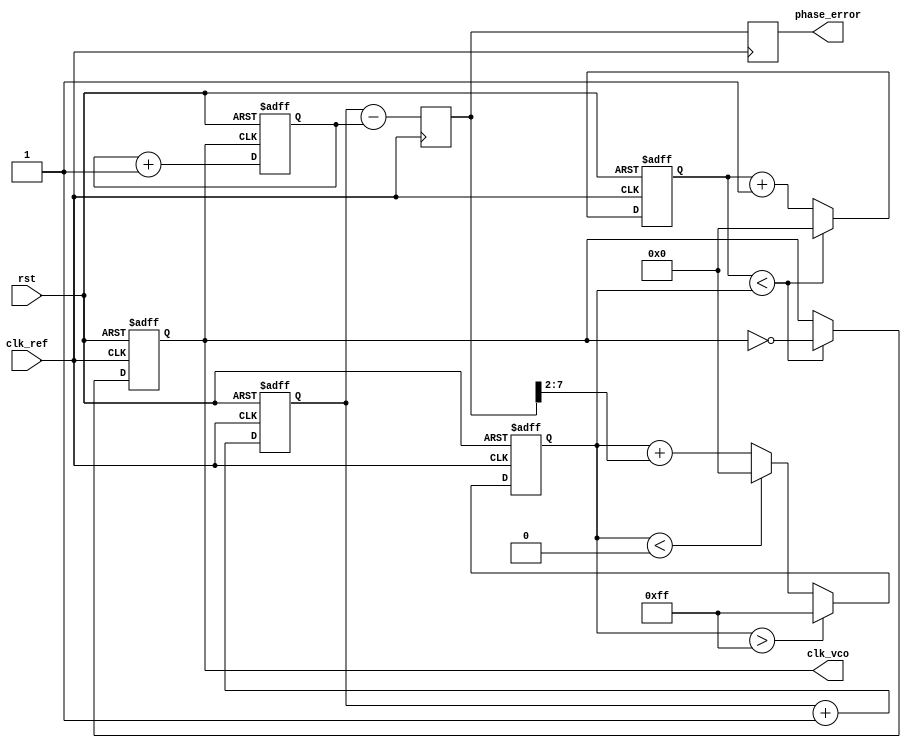
module DPLL (
    input wire clk_ref,            // Reference clock input
    input wire rst,                // Reset signal
    output reg clk_vco,            // VCO output clock
    output reg [7:0] phase_error   // Phase error output
);

    // Parameters
    parameter N = 8;               // Number of bits for phase error
    parameter FILTER_COEF = 8'h0A; // Loop filter coefficient
    parameter VCO_MAX = 255;       // Max VCO frequency control value
    parameter VCO_MIN = 0;         // Min VCO frequency control value

    // Internal signals
    reg [N-1:0] phase_ref;         // Phase of reference clock
    reg [N-1:0] phase_vco;         // Phase of VCO clock
    reg [N-1:0] error_signal;      // Phase error signal
    reg [7:0] control_signal;       // Control signal for VCO
    reg [7:0] vco_counter;          // VCO frequency counter

    // Phase Detector
    always @(posedge clk_ref or posedge rst) begin
        if (rst) begin
            phase_ref <= 0;
        end else begin
            phase_ref <= phase_ref + 1;
        end
    end

    always @(posedge clk_vco or posedge rst) begin
        if (rst) begin
            phase_vco <= 0;
        end else begin
            phase_vco <= phase_vco + 1;
        end
    end

    // Calculate phase error
    always @(posedge clk_ref) begin
        // Simple phase error calculation (difference between phases)
        error_signal <= phase_ref - phase_vco;
        phase_error <= error_signal; // Output the phase error
    end

    // Loop Filter
    always @(posedge clk_ref or posedge rst) begin
        if (rst) begin
            control_signal <= 8'b0;
        end else begin
            // Simple first-order loop filter (integral)
            control_signal <= control_signal + (error_signal >> 2); // Shift for scaling
            // Clamp control signal to VCO range
            if (control_signal > VCO_MAX)
                control_signal <= VCO_MAX;
            else if (control_signal < VCO_MIN)
                control_signal <= VCO_MIN;
        end
    end

    // Voltage-Controlled Oscillator (VCO)
    always @(posedge clk_ref or posedge rst) begin
        if (rst) begin
            vco_counter <= 0;
            clk_vco <= 0;
        end else begin
            // VCO generation based on control signal
            if (vco_counter < control_signal) begin
                clk_vco <= ~clk_vco; // Toggle clock
                vco_counter <= 0;
            end else begin
                vco_counter <= vco_counter + 1;
            end
        end
    end

endmodule